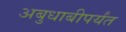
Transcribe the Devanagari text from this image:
अबुधाबीपर्यंत